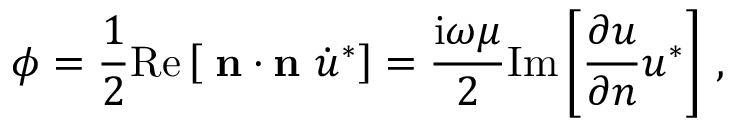
\phi = \frac { 1 } { 2 } \mathrm { R e } \left[ { \bf \sigma } { \bf n } \cdot { \bf n } \, \, \dot { u } ^ { * } \right] = \frac { \mathrm { i } \omega \mu } { 2 } \mathrm { I m } \left[ \frac { \partial u } { \partial n } u ^ { * } \right] \, ,